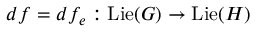
d f = d f _ { e } : \operatorname { L i e } ( G ) \to \operatorname { L i e } ( H )